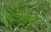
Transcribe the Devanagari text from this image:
रिओपर